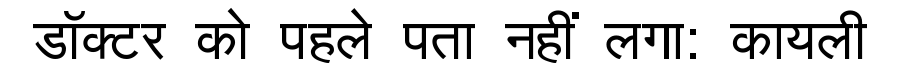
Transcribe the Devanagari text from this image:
डॉक्टर को पहले पता नहीं लगा: कायली